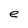
Character: e